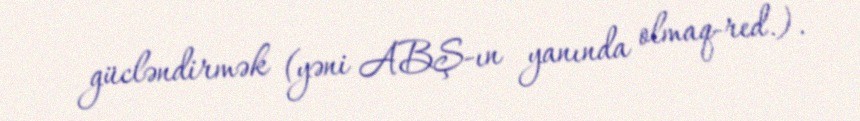
gücləndirmək (yəni ABŞ-ın yanında olmaq-red.).